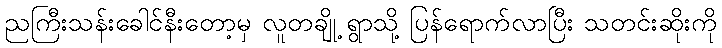
ညကြီးသန်းခေါင်နီးတော့မှ လူတချို့ ရွာသို့ ပြန်ရောက်လာပြီး သတင်းဆိုးကို